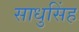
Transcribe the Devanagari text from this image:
साधुसिंह